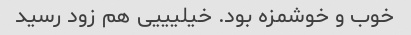
خوب و خوشمزه بود. خیلیییی هم زود رسید